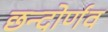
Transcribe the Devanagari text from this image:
छन्दोर्णव